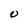
Character: O